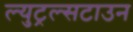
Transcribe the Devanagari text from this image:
ल्युट्रल्सटाउन